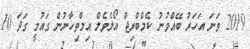
2019 ވަނަ އަހަރު ބޭއްވުނު ކެމްބްރިޖް އޯލެވެލް އިމްތިހާނުން ގައުމީ ގަދަ 10